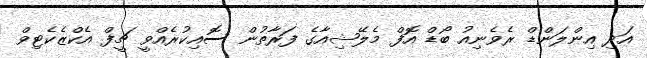
އަދި އިންލަންޑް ރެވެނިއު ބޯޑް އޮފް މެލޭޝިއާގެ ފަރާތުން ސޮއިކުރެއްވީ ޗީފް އެކްޒެކެޓިވް